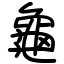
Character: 龜